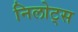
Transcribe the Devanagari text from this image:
निलोट्स